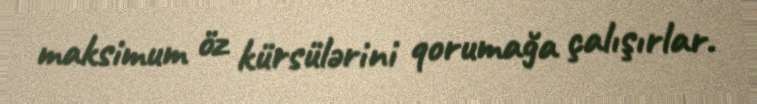
maksimum öz kürsülərini qorumağa çalışırlar.